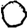
Digit: 0